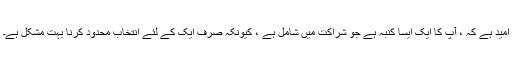
امید ہے کہ ، آپ کا ایک ایسا کنبہ ہے جو شراکت میں شامل ہے ، کیونکہ صرف ایک کے لئے انتخاب محدود کرنا بہت مشکل ہے۔